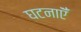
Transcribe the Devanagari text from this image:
घटनाऍँ